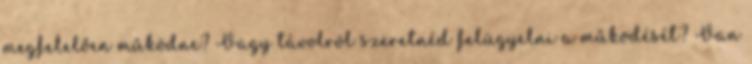
megfelelően működne? Vagy távolról szeretnéd felügyelni a működését? Van